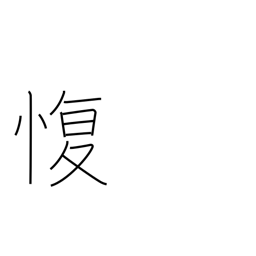
Meaning: go against